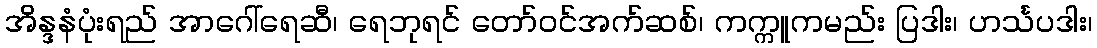
အိန္ဒနံပုံးရည် အာဂေါ်ရေဆီ၊ ရေဘုရင် တော်ဝင်အက်ဆစ်၊ ကက္ကူကမည်း ပြဒါး၊ ဟင်္သပဒါး၊